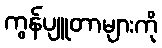
ကွန်ပျူတာများကို